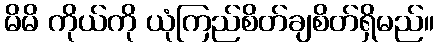
မိမိ ကိုယ်ကို ယုံကြည်စိတ်ချစိတ်ရှိမည်။